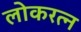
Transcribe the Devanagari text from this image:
लोकरत्न